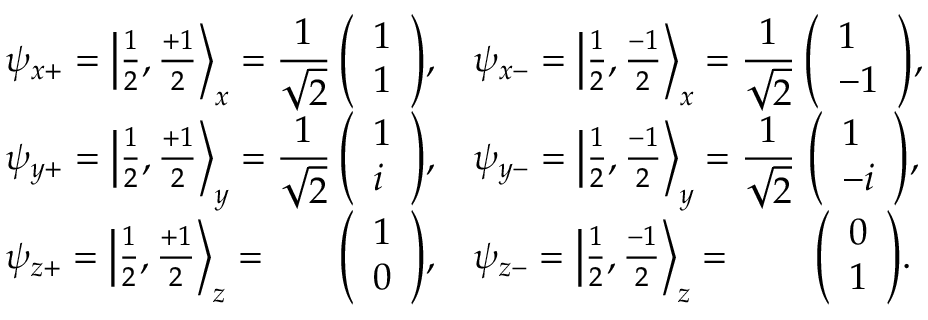
{ \begin{array} { l c l c } { \psi _ { x + } = \left| { \frac { 1 } { 2 } } , { \frac { + 1 } { 2 } } \right\rangle _ { x } = \displaystyle { \frac { 1 } { \sqrt { 2 } } } \! \! \! \! \! } & { { \left( \begin{array} { l } { { 1 } } \\ { { 1 } } \end{array} \right) } , } & { \psi _ { x - } = \left| { \frac { 1 } { 2 } } , { \frac { - 1 } { 2 } } \right\rangle _ { x } = \displaystyle { \frac { 1 } { \sqrt { 2 } } } \! \! \! \! \! } & { { \left( \begin{array} { l } { { 1 } } \\ { { - 1 } } \end{array} \right) } , } \\ { \psi _ { y + } = \left| { \frac { 1 } { 2 } } , { \frac { + 1 } { 2 } } \right\rangle _ { y } = \displaystyle { \frac { 1 } { \sqrt { 2 } } } \! \! \! \! \! } & { { \left( \begin{array} { l } { { 1 } } \\ { { i } } \end{array} \right) } , } & { \psi _ { y - } = \left| { \frac { 1 } { 2 } } , { \frac { - 1 } { 2 } } \right\rangle _ { y } = \displaystyle { \frac { 1 } { \sqrt { 2 } } } \! \! \! \! \! } & { { \left( \begin{array} { l } { { 1 } } \\ { { - i } } \end{array} \right) } , } \\ { \psi _ { z + } = \left| { \frac { 1 } { 2 } } , { \frac { + 1 } { 2 } } \right\rangle _ { z } = } & { { \left( \begin{array} { l } { 1 } \\ { 0 } \end{array} \right) } , } & { \psi _ { z - } = \left| { \frac { 1 } { 2 } } , { \frac { - 1 } { 2 } } \right\rangle _ { z } = } & { { \left( \begin{array} { l } { 0 } \\ { 1 } \end{array} \right) } . } \end{array} }